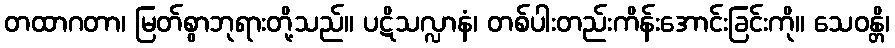
တထာဂတာ၊ မြတ်စွာဘုရားတို့သည်။ ပဋိသလ္လာနံ၊ တစ်ပါးတည်းကိန်းအောင်းခြင်းကို။ သေဝန္တိ၊